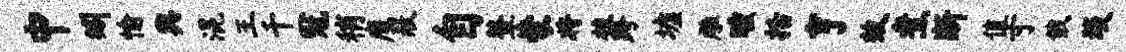
中矧愉舆混王千冠稍鹰赦自鼙蒙将枝跨墟雕曛括亨效煮断值寸俄琰